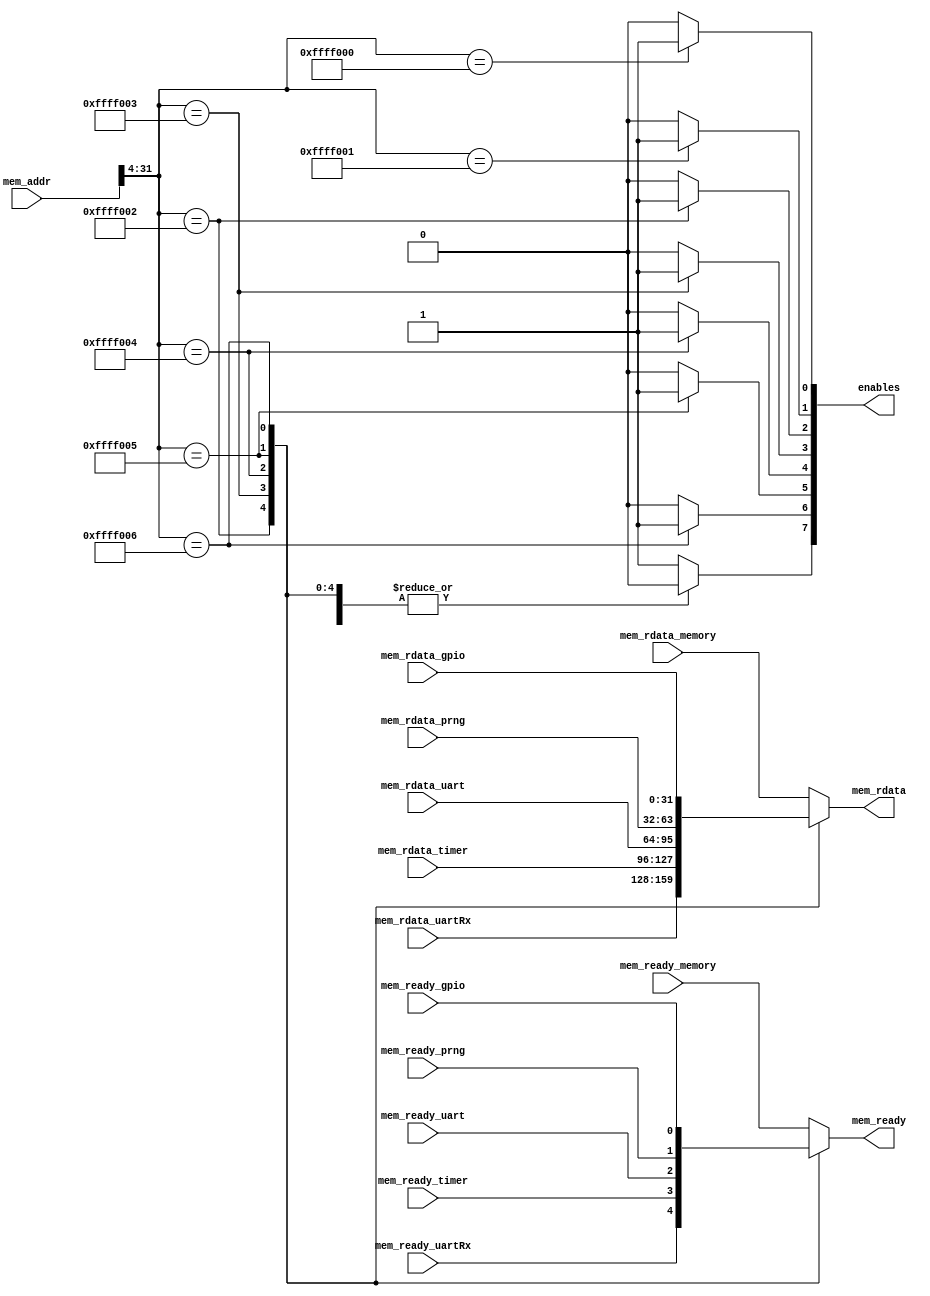
module busInterface (
		     
		     input wire [31:0] 	mem_addr,

		     input wire [31:0] 	mem_rdata_gpio,
		     input wire [31:0] 	mem_rdata_uart,
		     input wire [31:0] 	mem_rdata_uartRx,
		     input wire [31:0] 	mem_rdata_timer,
		     input wire [31:0] 	mem_rdata_prng,
		     input wire [31:0] 	mem_rdata_memory,

		     input wire 	mem_ready_gpio,
		     input wire 	mem_ready_uart,
		     input wire 	mem_ready_uartRx,
		     input wire 	mem_ready_timer,
		     input wire 	mem_ready_prng,
		     input wire 	mem_ready_memory,

		     output wire 	mem_ready,
		     output wire [31:0] mem_rdata,
		     output wire [7:0] 	enables 

		     );
   always @(*) begin
      enables = 0;
      case (mem_addr[31:4])
        28'hffff000: enables[0] = 1'd1;
        28'hffff001: enables[1] = 1'd1;
        28'hffff002: enables[2] = 1'd1;
        28'hffff003: enables[3] = 1'd1;
        28'hffff004: enables[4] = 1'd1;
        28'hffff005: enables[5] = 1'd1;
        28'hffff006: enables[6] = 1'd1;
        default: enables[7] = 1;
      endcase
      case (mem_addr[31:4])
        28'hffff000: mem_ready = mem_ready_memory;
        28'hffff001: mem_ready = mem_ready_memory;
        28'hffff002: mem_ready = mem_ready_uartRx;
        28'hffff003: mem_ready = mem_ready_timer;
        28'hffff004: mem_ready = mem_ready_uart;
        28'hffff005: mem_ready = mem_ready_prng;
        28'hffff006: mem_ready = mem_ready_gpio;
        default: mem_ready = mem_ready_memory;
      endcase
      case (mem_addr[31:4])
        28'hffff000: mem_rdata = mem_rdata_memory;
        28'hffff001: mem_rdata = mem_rdata_memory;
        28'hffff002: mem_rdata = mem_rdata_uartRx;
        28'hffff003: mem_rdata = mem_rdata_timer;
        28'hffff004: mem_rdata = mem_rdata_uart;
        28'hffff005: mem_rdata = mem_rdata_prng;
        28'hffff006: mem_rdata = mem_rdata_gpio;
        default: mem_rdata = mem_rdata_memory;
      endcase
   end

endmodule